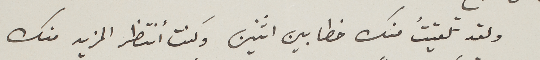
ولقد تلقيتُ منك خطابين اثنين وكنت أنتظر المزيد منك